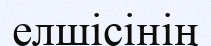
елшісінің